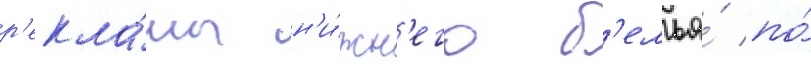
р'екла́мы н'и́жн'его б'елья́ по́